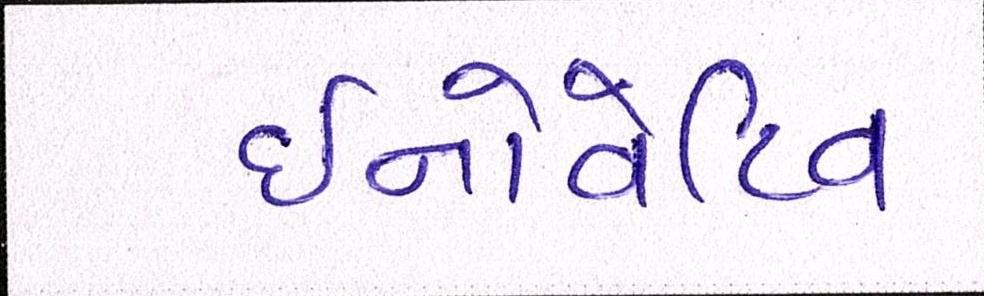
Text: ઇનોવેટિવ